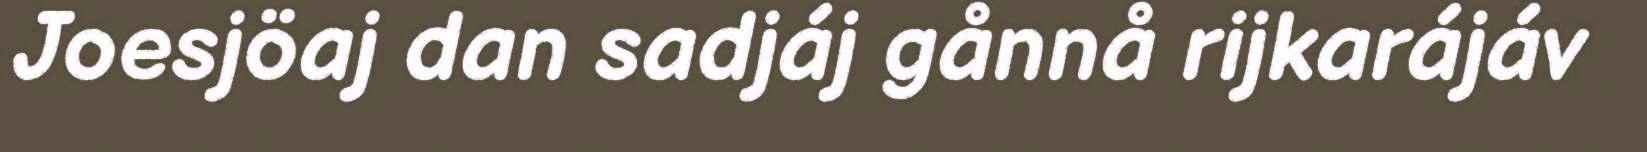
Joesjöaj dan sadjáj gånnå rijkarájáv